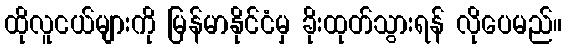
ထိုလူငယ်များကို မြန်မာနိုင်ငံမှ ခိုးထုတ်သွားရန် လိုပေမည်။